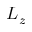
L _ { z }